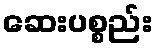
ဆေးပစ္စည်း